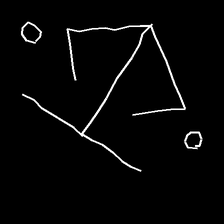
Glyph: earth